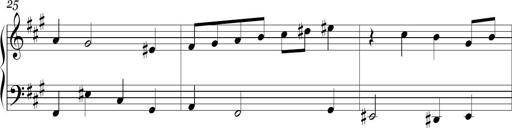
Title: Ten Piano Sonatinas
Composer: Andreas Sain